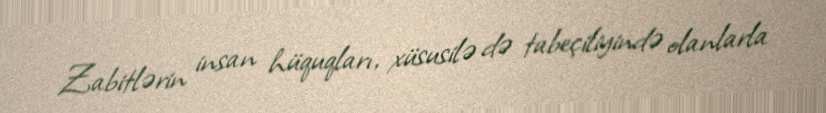
Zabitlərin insan hüquqları, xüsusilə də tabeçiliyində olanlarla